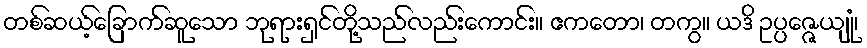
တစ်ဆယ့်ခြောက်ဆူသော ဘုရားရှင်တို့သည်လည်းကောင်း။ ဧကတော၊ တကွ။ ယဒိ ဥပ္ပဇ္ဇေယျုံ၊